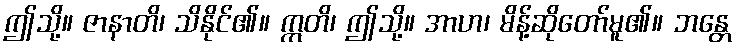
ဤသို့။ ဇာနာတိ၊ သိနိုင်၏။ ဣတိ၊ ဤသို့။ အာဟ၊ မိန့်ဆိုတော်မူ၏။ ဘန္တေ